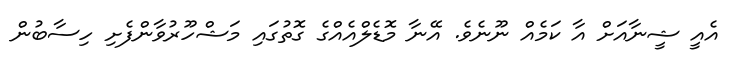
އެއީ ޝީނާއަށް އާ ކަމެއް ނޫނެވެ. އޭނާ މޮޑެލްއެއްގެ ގޮތުގައި މަޝްހޫރުވާންފެށި ހިސާބުން